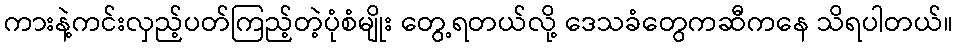
ကားနဲ့ကင်းလှည့်ပတ်ကြည့်တဲ့ပုံစံမျိုး တွေ့ရတယ်လို့ ဒေသခံတွေကဆီကနေ သိရပါတယ်။